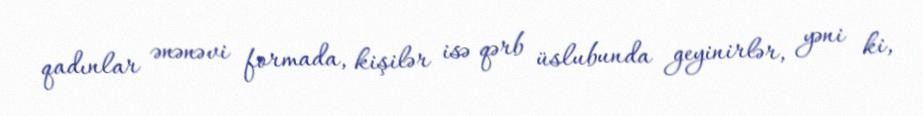
qadınlar ənənəvi formada, kişilər isə qərb üslubunda geyinirlər, yəni ki,